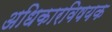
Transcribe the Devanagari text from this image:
अधिकारविषयक